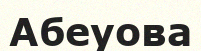
Абеуова